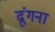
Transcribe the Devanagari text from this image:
ढूंगना